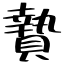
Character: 贄